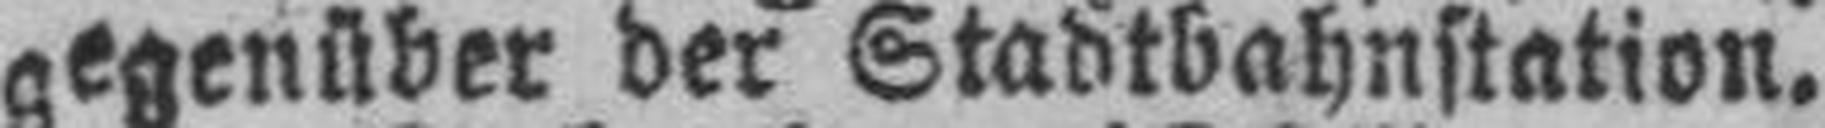
gegenüber der Stadtbahnstation.